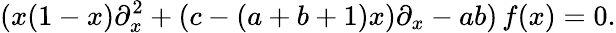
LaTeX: (x(1-x)\partial_{x}^{2}+(c-(a+b+1)x)\partial_{x}-ab)\, f(x)=0.